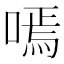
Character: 嘕